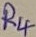
Text: R4